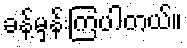
ခန့်မှန်းကြပါတယ်။